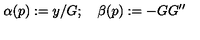
\alpha ( p ) : = y / G ; \quad \beta ( p ) : = - G G ^ { \prime \prime }